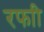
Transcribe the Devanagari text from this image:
रफाी